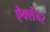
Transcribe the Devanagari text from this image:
ऐक्सेंचर